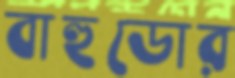
বাহুডোর